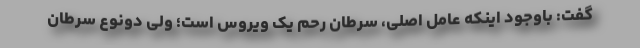
گفت: باوجود اینکه عامل اصلی، سرطان رحم یک ویروس است؛ ولی دونوع سرطان